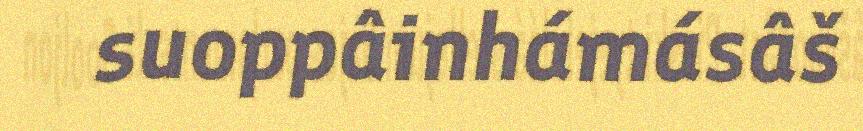
suoppâinhámásâš